Civil Veterinary Department Bengal reports 1923-33 - 1923-1933
Year: 1923
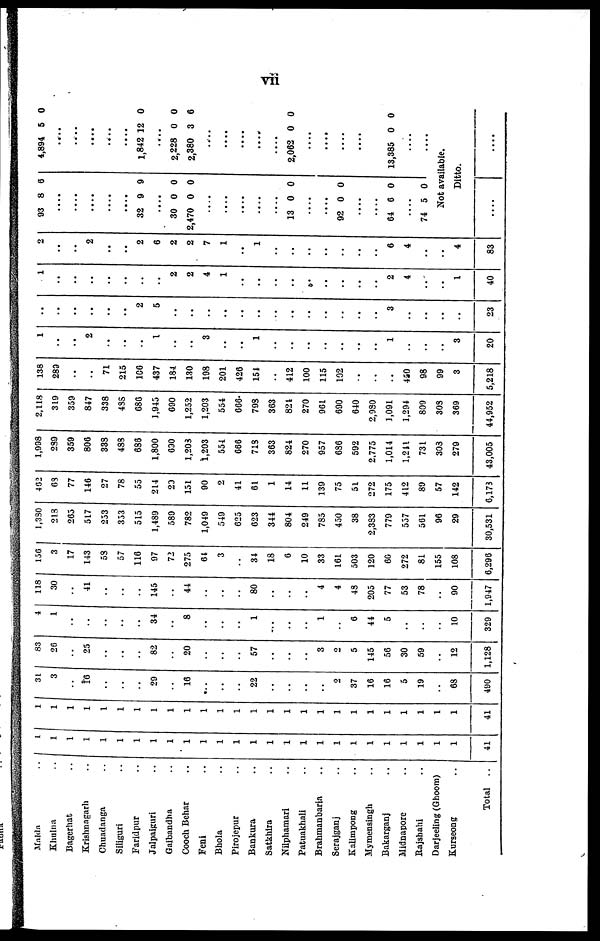
vii
Malda ..
Khulna ..
Bagerhat ..
Krishnagarh ..
Chuadanga ..
Siliguri ..
Faridpur ..
Jalpaiguri ..
Gaibandha ..
Cooch Behar ..
Feni ..
Bhola ..
Pirojepur ..
Bankura ..
Satkhira ..
Nilphamari ..
Patuakhali ..
Brahmanbaria ..
Serajganj ..
Kalimpong ..
Mymensingh ..
Bakarganj ..
Midnapore ..
Rajshahi ..
Darjeeling (Ghoom)
Kurseong ..
Total
1
1
1
1
1
1
1
1
1
1
1
1
1
1
1
1
1
1
1
1
1
1
1
1
1
1
41
1
1
1
1
1
1
1
1
1
1
1
1
1
1
1
1
1
1
1
1
1
1
1
1
1
1
41
31
3
..
16
..
..
..
20
..
16
...
..
..
22
..
..
..
..
2
37
16
16
5
19
..
68
490
83
20
..
25
..
..
..
82
..
20
..
..
..
57
..
..
..
3
2
5
145
56
30
59
..
12
1,128
4
1
..
..
..
..
..
34
..
8
..
..
..
1
...
..
..
1
..
6
44
5
..
..
..
10
329
118
30
..
41
..
..
..
145
..
44
..
..
..
80
..
..
..
4
4
43
205
77
53
78
..
90
1,947
136
3
17
143
58
57
116
97
72
275
61
3
34
18
6
10
33
161
503
120
60
272
81
155
108
6,296
1,380
218
205
517
253
353
515
1,489
589
782
1,049
549
025
623
344
804
249
785
430
38
2,383
779
557
561
96
29
30,531
462
68
77
146
27
78
55
214
20
151
90
2
41
61
1
14
11
139
75
51
272
175
412
89
57
142
6.173
1,998
239
359
806
333
488
686
1,800
690
1,203
1,203
551
066
718
363
824
270
957
686
592
2,775
1,014
1,241
731
303
279
43,005
2,118
319
359
847
338
488
686
1,945
690
1,252
1,203
554
666
793
363
821
270
961
690
640
2,980
1,091
1,294
809
303
369
44,952
138
289
..
..
71
215
106
437
184
130
198
201
426
151
..
412
100
115
102
..
..
..
450
98
99
3
5,218
1
..
..
2
..
..
..
1
..
..
3
..
..
1
..
..
..
..
..
..
..
1
..
..
..
3
20
..
..
..
..
..
..
2
5
..
..
..
..
..
..
..
..
..
..
..
..
..
3
..
..
..
..
23
1
..
..
..
..
..
..
..
2
2
4
1
..
..
..
..
..
..
..
..
..
2
4
..
..
1
40
2
..
..
2
..
..
2
6
2
2
7
1
..
1
..
..
..
..
..
..
..
6
4
..
..
4
83
93 8 6
....
....
....
....
....
32 9 9
....
30 0 0
2,470 0 0
....
....
....
....
....
13 0 0
....
....
92 0 0
....
....
64 6 0
....
74 5 0
4,894 5 0
....
....
....
....
....
1,842 12 0
....
2,228 0 0
2,380 3 6
....
....
....
....
....
2,062 0 0
....
....
....
....
....
13,385 0 0
....
....
Not available.
Ditto.
....
....